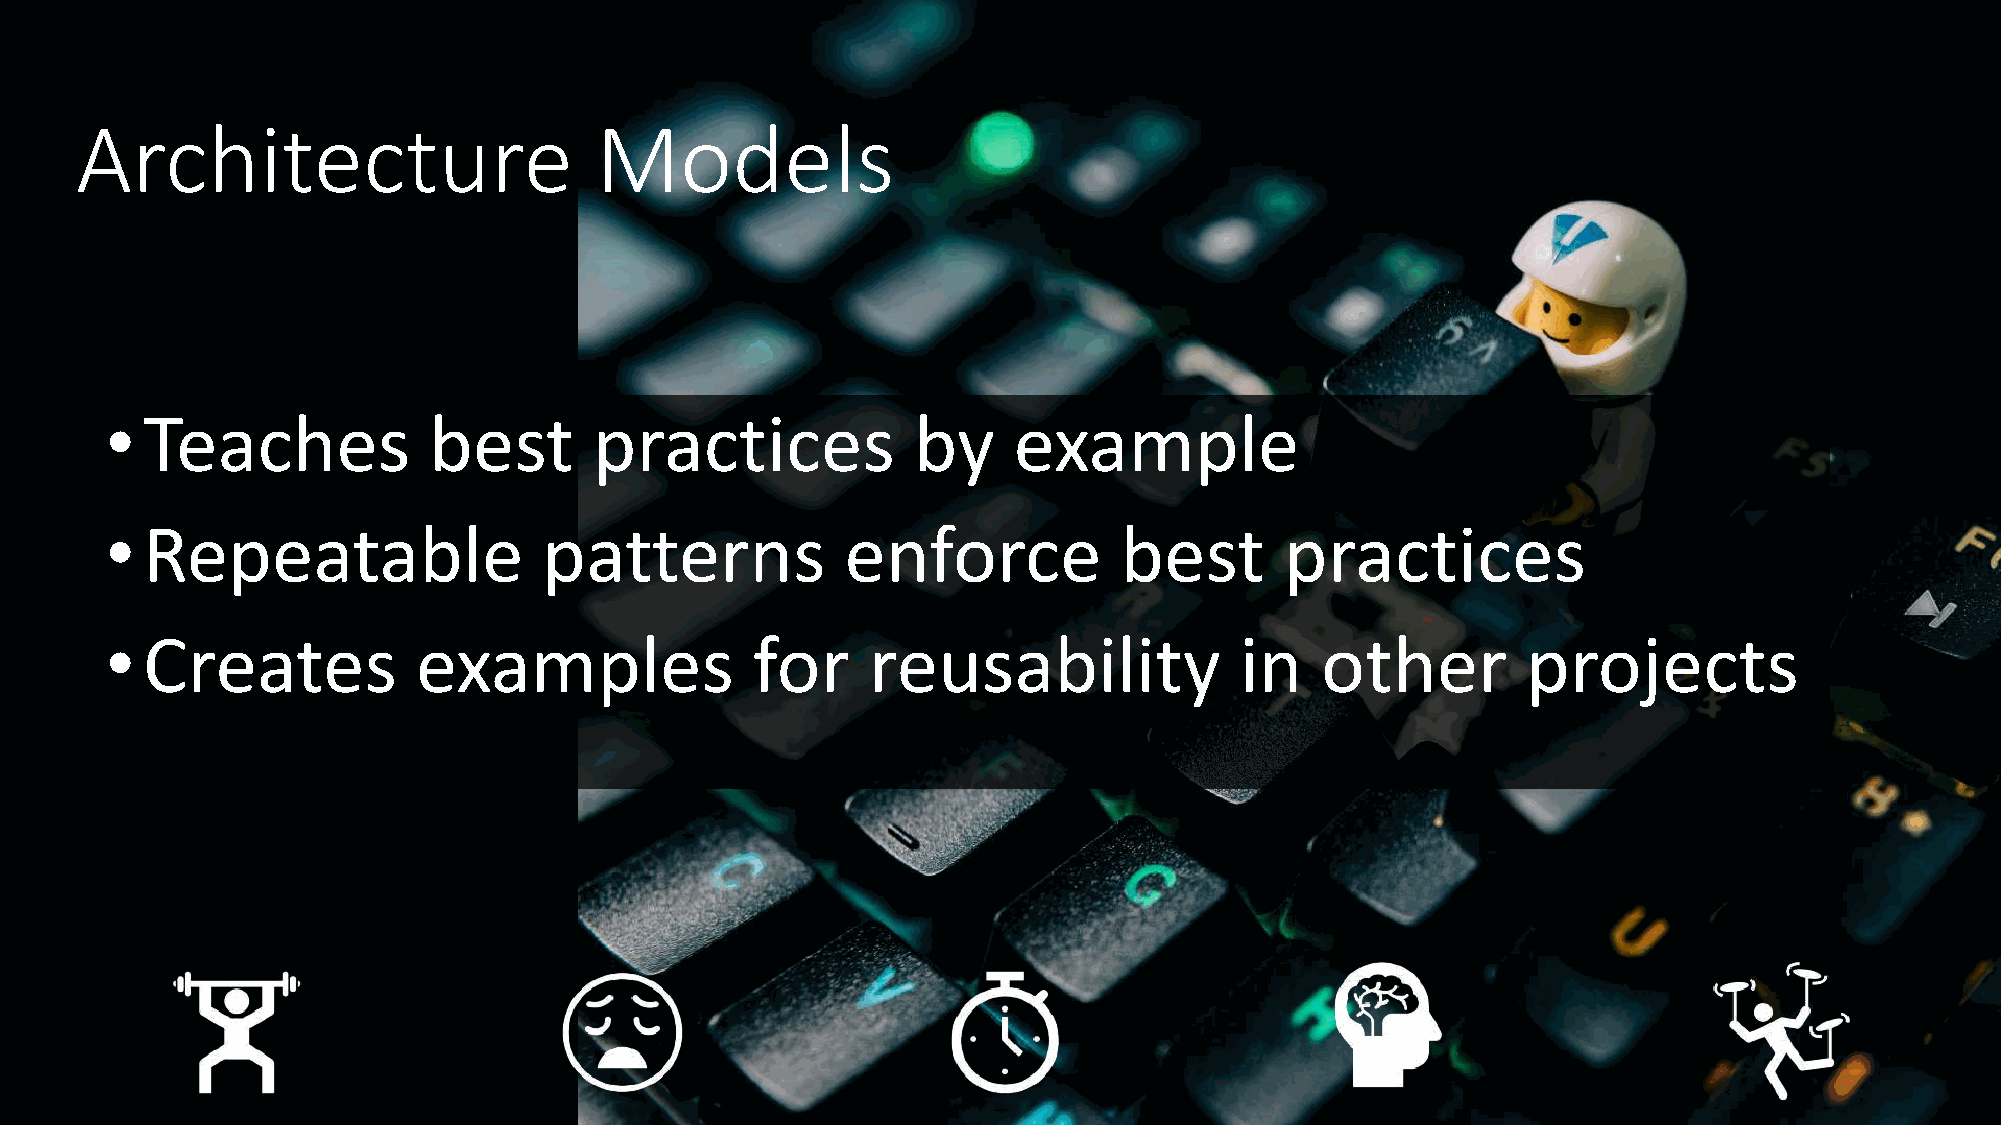
Architecture                      Models
 • Teaches            best       practices            by     example
 • Repeatable                 patterns            enforce           best       practices
 • Creates            examples              for    reusability              in   other         projects